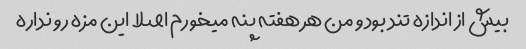
بیش از اندازه تند بود و من هر هفته پنه میخورم اصلا این مزه رو نداره